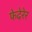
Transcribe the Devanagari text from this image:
फेदेरेर